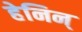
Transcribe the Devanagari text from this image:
हेनिन्